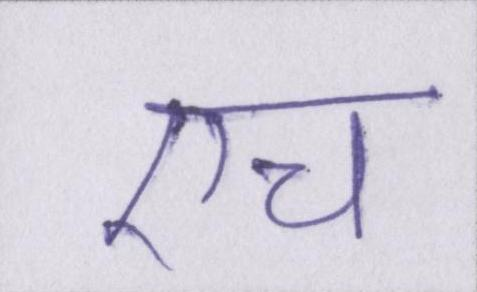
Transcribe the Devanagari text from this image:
एच